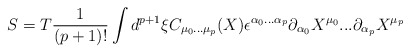
\begin{align*}S=T\frac{1}{(p+1)!} \int d^{p+1}\xi C_{\mu _{0}...\mu _{p}}(X)\epsilon^{\alpha _{0}...\alpha _{p}} \partial _{\alpha _{0}}X^{\mu _{0}}...\partial _{\alpha _{p}}X^{\mu _{p}}\end{align*}